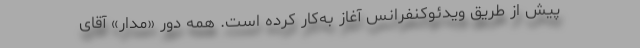
پیش از طریق ویدئوکنفرانس آغاز به‌کار کرده است. همه دورِ «مدار» آقای